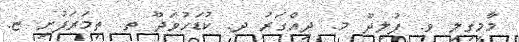
މާމިގިލި ވ. ފުލިދޫ މ. ދިއްގަރު ދ. ކުޑަހުވަދޫ ތ. ތިމަރަފުށި ޏ.